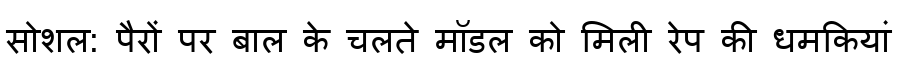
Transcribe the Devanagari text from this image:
सोशल: पैरों पर बाल के चलते मॉडल को मिली रेप की धमकियां